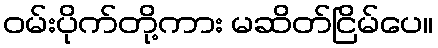
ဝမ်းပိုက်တို့ကား မဆိတ်ငြိမ်ပေ။